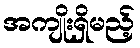
အကျိုးရှိမည့်